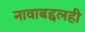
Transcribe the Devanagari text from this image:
नावाबद्दलही